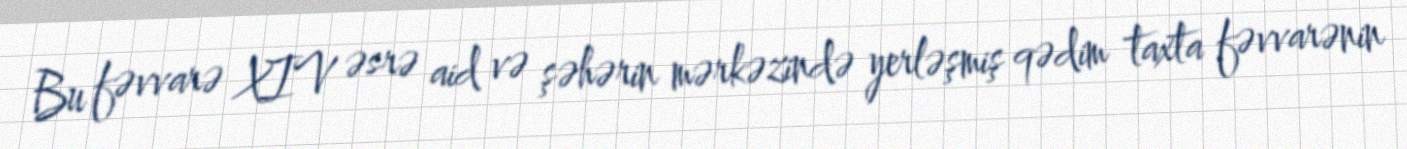
Bu fəvvarə XIV əsrə aid və şəhərin mərkəzində yerləşmiş qədim taxta fəvvarənin